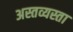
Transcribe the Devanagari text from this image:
अस्तव्यस्ता